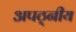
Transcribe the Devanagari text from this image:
अपठ्नीय